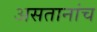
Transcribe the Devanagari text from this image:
असतानांच